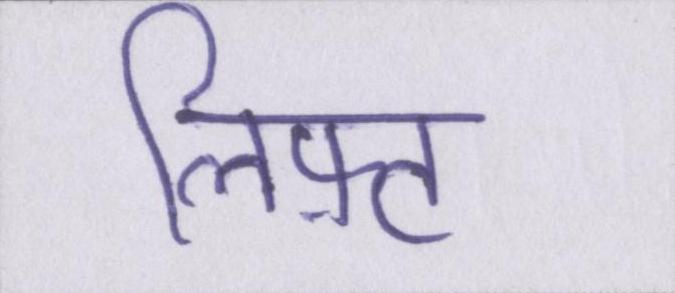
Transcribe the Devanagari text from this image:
लिफ़्ट